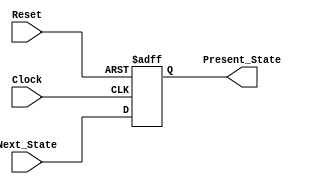
module State_Register(
    input Clock, Reset,
    input [1:0] Next_State,
    output reg [1:0] Present_State
    );
    always @ (posedge Clock, posedge Reset) begin
    if(Reset == 1) Present_State = 2'b00;
    else Present_State = Next_State;
    end
endmodule